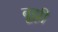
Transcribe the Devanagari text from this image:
बूझी